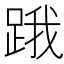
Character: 𨁟